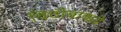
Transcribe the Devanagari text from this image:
विठोबाकडे